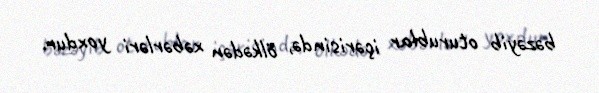
bəzəyib oturublar içərisində, ölkədən xəbərləri yoxdur.